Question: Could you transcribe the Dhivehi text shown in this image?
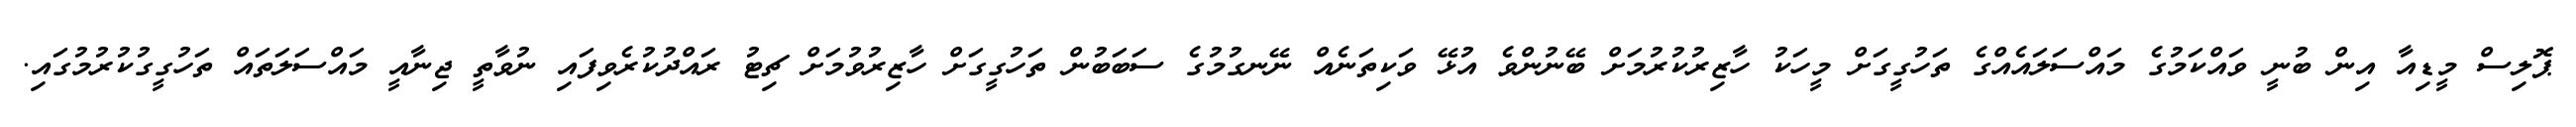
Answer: ޕޮލިސް މީޑިއާ އިން ބުނީ ވައްކަމުގެ މައްސަލައެއްގެ ތަހުގީގަށް މީހަކު ހާޒިރުކުރުމަށް ބޭނުންވެ އުޅޭ ވަކިތަނެއް ނޭނގުމުގެ ސަބަބުން ތަހުގީގަށް ހާޒިރުވުމަށް ޗިޓު ރައްދުކުރެވިފައި ނުވާތީ ޖިނާއީ މައްސަލަތައް ތަހުގީގުކުރުމުގައި.